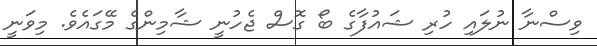
ވިސްނާ ނުލައި ހުރި ޝައުފާގެ ބޯ ގޮސް ޖެހުނީ ޝާމިންގެ މޭގައެވެ. މިވަނީ